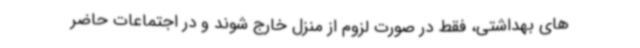
های بهداشتی، فقط در صورت لزوم از منزل خارج شوند و در اجتماعات حاضر